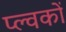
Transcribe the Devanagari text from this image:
प्ल्वकों